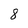
Character: 8